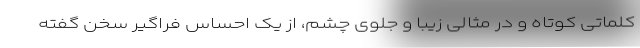
کلماتی کوتاه و در مثالی زیبا و جلوی چشم، از یک احساس فراگیر سخن گفته